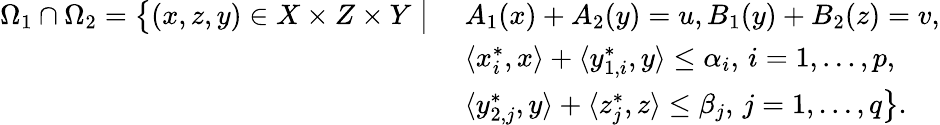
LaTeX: \begin{array}{r}{\begin{array}{ll}{\Omega_{1}\cap\Omega_{2}=\big\{ (x,z,y)\in X\times Z\times Y\; \big|\; }&{A_{1}(x)+A_{2}(y)=u,B_{1}(y)+B_{2}(z)=v,}\\ &{\langle x_{i}^{*},x\rangle+\langle y_{1,i}^{*},y\rangle\leq\alpha_{i},\, i=1,\ldots,p,}\\ &{\langle y_{2,j}^{*},y\rangle+\langle z_{j}^{*},z\rangle\leq\beta_{j},\, j=1,\ldots,q\big\} .}\end{array}}\end{array}